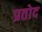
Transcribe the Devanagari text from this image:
प्रतोद